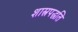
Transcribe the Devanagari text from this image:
शास्त्रपद्धति